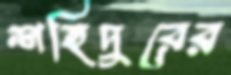
শহিদুরের